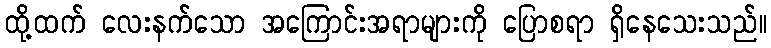
ထို့ထက် လေးနက်သော အကြောင်းအရာများကို ပြောစရာ ရှိနေသေးသည်။